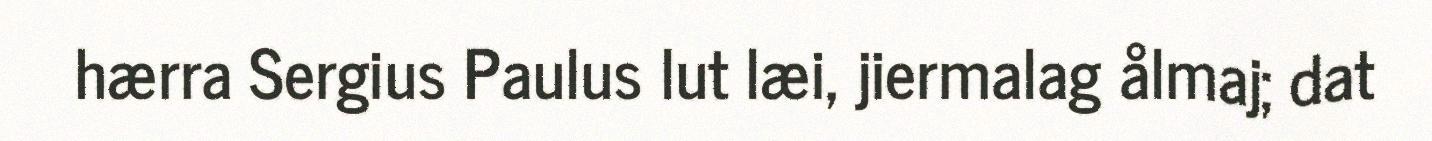
hærra Sergius Paulus lut læi, jiermalag ålmaj; dat